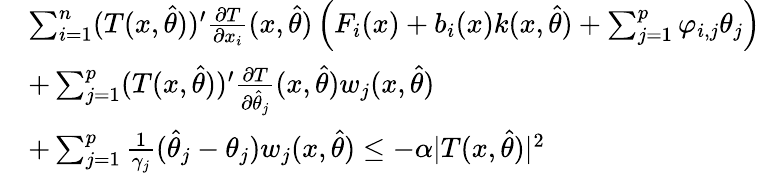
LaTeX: \begin{array}{rl}&{\sum_{i=1}^{n}(T(x,\hat{\theta}))^{\prime}\frac{\partial T}{\partial x_{i}}(x,\hat{\theta})\left(F_{i}(x)+b_{i}(x)k(x,\hat{\theta})+\sum_{j=1}^{p}\varphi_{i,j}\theta_{j}\right)}\\ &{+\sum_{j=1}^{p}(T(x,\hat{\theta}))^{\prime}\frac{\partial T}{\partial\hat{\theta}_{j}}(x,\hat{\theta})w_{j}(x,\hat{\theta})}\\ &{+\sum_{j=1}^{p}\frac{1}{\gamma_{j}}(\hat{\theta}_{j}-\theta_{j})w_{j}(x,\hat{\theta})\leq-\alpha\vert T(x,\hat{\theta})\vert^{2}}\end{array}